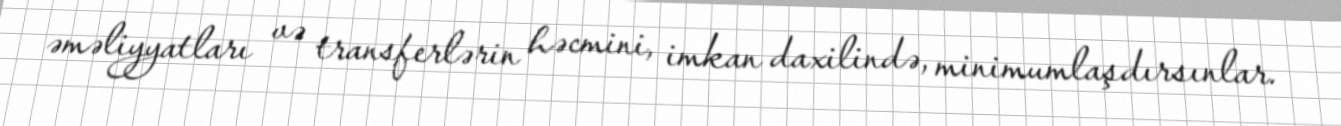
əməliyyatları və transferlərin həcmini, imkan daxilində, minimumlaşdırsınlar.